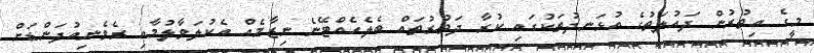
މީގެ އިތުރުން ދައުލަތުގެ އުޅަނދުތަކުގައި ކުރާ ދަތުރުތައް ބެލެހެއްޓޭނެ ނިޒާމެއް އެކުލަވާލުމާއި ރެވެނިއުފަންޑަށް